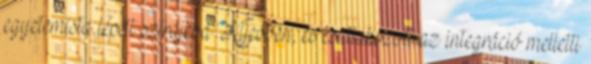
egyetemista lépett sztrájkba Kijevben, és csatlakozott az integráció melletti